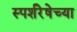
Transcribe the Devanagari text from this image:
स्पर्शरेषेच्या